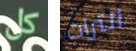
كل التراث